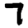
Digit: 7